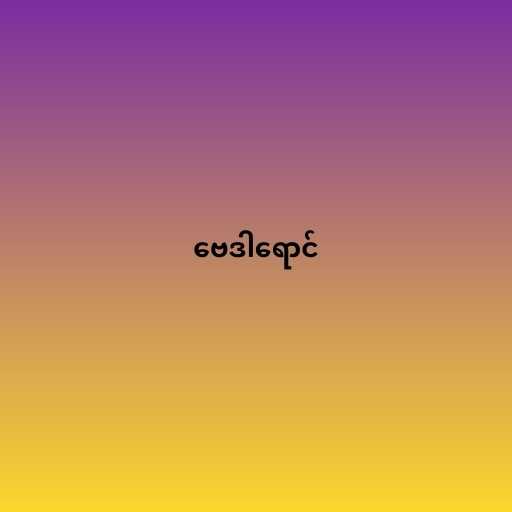
ဗေဒါရောင်